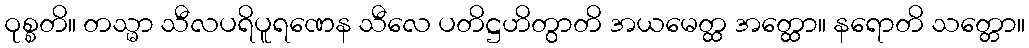
ဝုစ္စတိ။ တသ္မာ သီလပရိပူရဏေန သီလေ ပတိဋ္ဌဟိတွာတိ အယမေတ္ထ အတ္ထော။ နရောတိ သတ္တော။